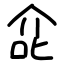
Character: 㖋